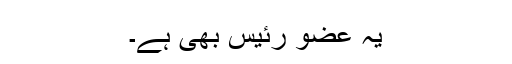
یہ عضو رئیس بھی ہے۔